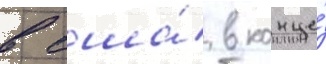
в сша́ в конце́